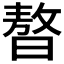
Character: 𣊁